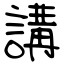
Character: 講